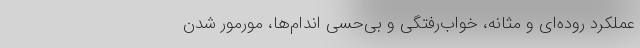
عملکرد روده‌ای و مثانه، خواب‌رفتگی و بی‌حسی اندام‌ها، مورمور شدن